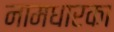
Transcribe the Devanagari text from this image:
नामधारका